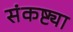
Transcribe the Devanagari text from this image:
संकष्ट्या